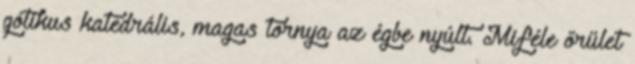
gótikus katedrális, magas tornya az égbe nyúlt. Miféle őrület